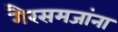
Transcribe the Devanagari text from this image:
गैरसमजांना